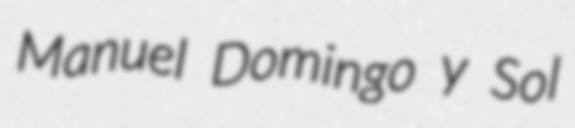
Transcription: Manuel Domingo y Sol